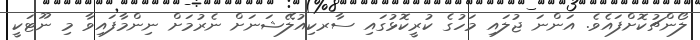
ލޯންޗުކޮށްފައެވެ. އަންނަ ޖުލައި މަހުގެ ކުރީކޮޅުގައި ސާރކިއުލޭޝަނަށް ނެރުމަށް ނިންމާފައިވާ މި ނޫޓަކީ